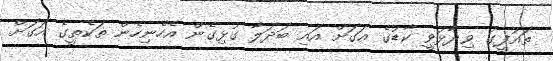
ތައުފީގު ވިދާޅުވީ ކާޑުގެ އަގަށް އައި ބަދަލާ ގުޅިގެން އެހެނިހެން ތަކެތީގެ އަގަށް